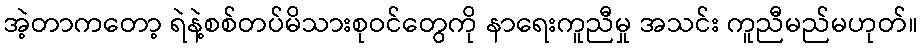
အဲ့တာကတော့ ရဲနဲ့စစ်တပ်မိသားစုဝင်တွေကို နာရေးကူညီမှု အသင်း ကူညီမည်မဟုတ်။